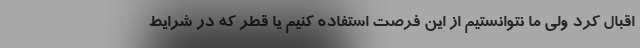
اقبال کرد ولی ما نتوانستیم از این فرصت استفاده کنیم یا قطر که در شرایط